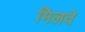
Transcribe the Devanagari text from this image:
मिलते